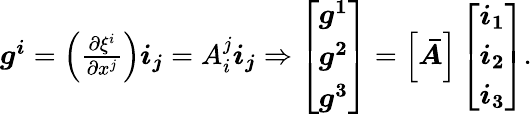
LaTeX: \begin{array}{r}{\boldsymbol{g^{i}}=\left(\frac{\partial\xi^{i}}{\partial x^{j}}\right)\boldsymbol{i_{j}}=A_{i}^{j}\boldsymbol{i_{j}}\Rightarrow\left[\begin{array}{l}{\boldsymbol{g^{1}}}\\ {\boldsymbol{g^{2}}}\\ {\boldsymbol{g^{3}}}\end{array}\right]=\left[\boldsymbol{\bar{A}}\right]\left[\begin{array}{l}{\boldsymbol{i_{1}}}\\ {\boldsymbol{i_{2}}}\\ {\boldsymbol{i_{3}}}\end{array}\right].}\end{array}